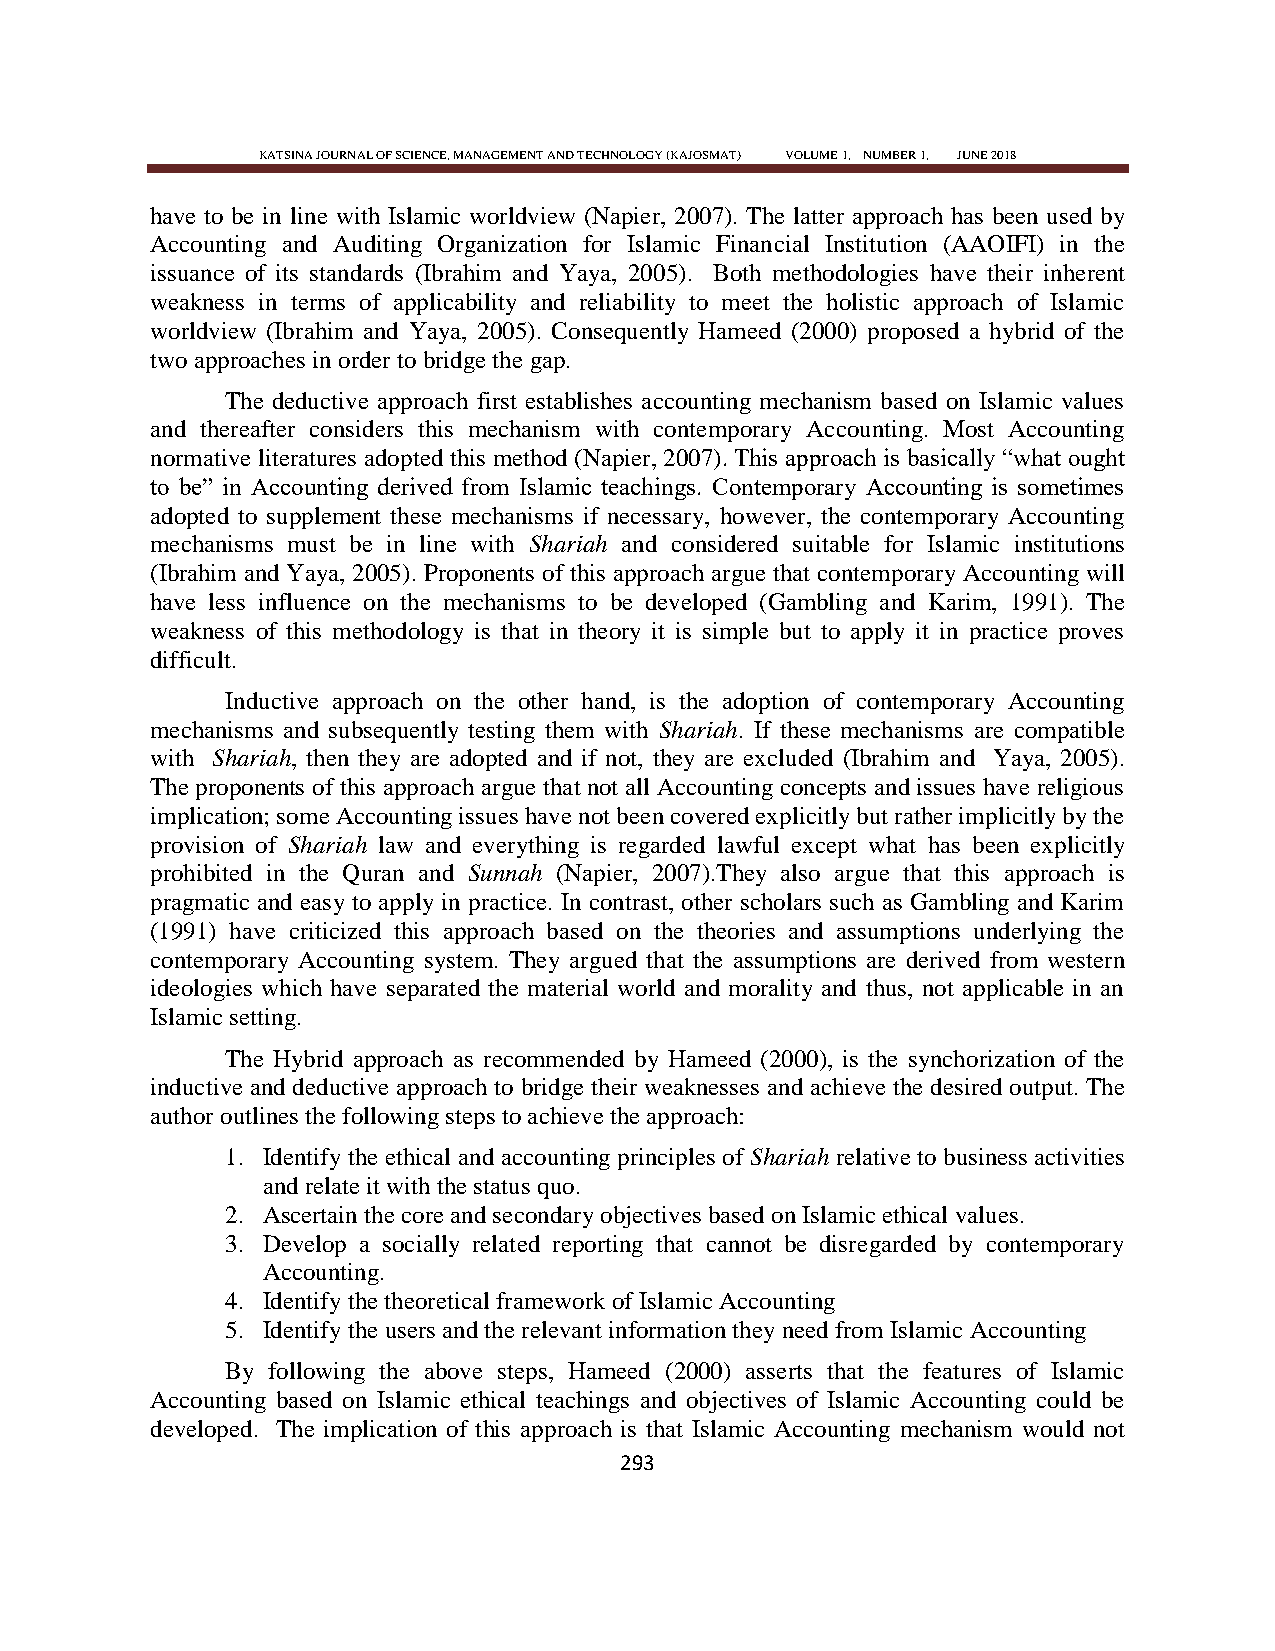
KATSINA JOURNAL OF SCIENCE, MANAGEMENT AND TECHNOLOGY (KAJOSMAT) VOLUME 1, NUMBER 1, JUNE 2018
 have to be in line with Islamic worldview (Napier, 2007). The latter approach has been used by
 Accounting and Auditing Organization for Islamic Financial Institution (AAOIFI) in the
 issuance of its standards (Ibrahim and Yaya, 2005). Both methodologies have their inherent
 weakness in terms of applicability and reliability to meet the holistic approach of Islamic
 worldview (Ibrahim and Yaya, 2005). Consequently Hameed (2000) proposed a hybrid of the
 two approaches in order to bridge the gap.
 The deductive approach first establishes accounting mechanism based on Islamic values
 and thereafter considers this mechanism with contemporary Accounting. Most Accounting
 normative literatures adopted this method (Napier, 2007). This approach is basically ―what ought
 to be‖ in Accounting derived from Islamic teachings. Contemporary Accounting is sometimes
 adopted to supplement these mechanisms if necessary, however, the contemporary Accounting
 mechanisms must be in line with Shariah and considered suitable for Islamic institutions
 (Ibrahim and Yaya, 2005). Proponents of this approach argue that contemporary Accounting will
 have less influence on the mechanisms to be developed (Gambling and Karim, 1991). The
 weakness of this methodology is that in theory it is simple but to apply it in practice proves
 difficult.
 Inductive approach on the other hand, is the adoption of contemporary Accounting
 mechanisms and subsequently testing them with Shariah. If these mechanisms are compatible
 with Shariah, then they are adopted and if not, they are excluded (Ibrahim and Yaya, 2005).
 The proponents of this approach argue that not all Accounting concepts and issues have religious
 implication; some Accounting issues have not been covered explicitly but rather implicitly by the
 provision of Shariah law and everything is regarded lawful except what has been explicitly
 prohibited in the Quran and Sunnah (Napier, 2007).They also argue that this approach is
 pragmatic and easy to apply in practice. In contrast, other scholars such as Gambling and Karim
 (1991) have criticized this approach based on the theories and assumptions underlying the
 contemporary Accounting system. They argued that the assumptions are derived from western
 ideologies which have separated the material world and morality and thus, not applicable in an
 Islamic setting.
 The Hybrid approach as recommended by Hameed (2000), is the synchorization of the
 inductive and deductive approach to bridge their weaknesses and achieve the desired output. The
 author outlines the following steps to achieve the approach:
 1. Identify the ethical and accounting principles of Shariah relative to business activities
 and relate it with the status quo.
 2. Ascertain the core and secondary objectives based on Islamic ethical values.
 3. Develop a socially related reporting that cannot be disregarded by contemporary
 Accounting.
 4. Identify the theoretical framework of Islamic Accounting
 5. Identify the users and the relevant information they need from Islamic Accounting
 By following the above steps, Hameed (2000) asserts that the features of Islamic
 Accounting based on Islamic ethical teachings and objectives of Islamic Accounting could be
 developed. The implication of this approach is that Islamic Accounting mechanism would not
 293